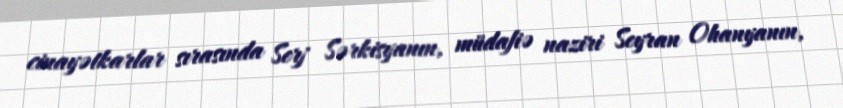
cinayətkarlar sırasında Serj Sərkisyanın, müdafiə naziri Seyran Ohanyanın,